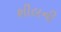
શીલની